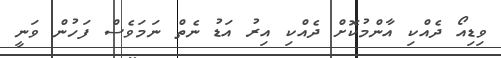
ވިޑިއޯ ދެއްކި އާންމުކޮށް ދެއްކި އިރު އަޑު ނެތް ނަމަވެސް ފަހުން ވަނީ